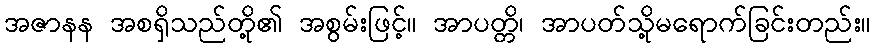
အဇာနန အစရှိသည်တို့၏ အစွမ်းဖြင့်။ အာပတ္တိ၊ အာပတ်သို့မရောက်ခြင်းတည်း။